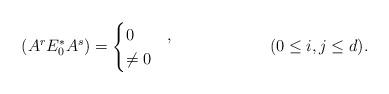
LaTeX: \begin{align*} (A^r E^*_0 A^s) &= \begin{cases} 0 & , \\ \neq 0 & \end{cases} && (0 \leq i,j \leq d).\end{align*}